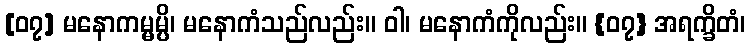
[၀၇] မနောကမ္မမ္ပိ၊ မနောကံသည်လည်း။ ဝါ၊ မနောကံကိုလည်း။ {၀၇} အရက္ခိတံ၊